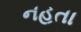
નહતા